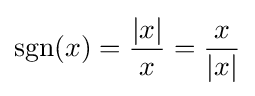
\operatorname {sgn} (x)={\frac {|x|}{x}}={\frac {x}{|x|}}